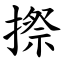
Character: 摖